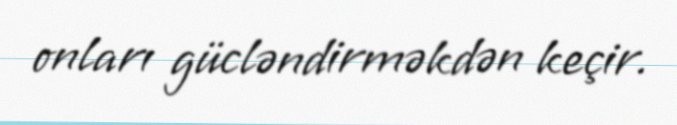
onları gücləndirməkdən keçir.